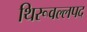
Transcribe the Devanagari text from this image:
थिरूवल्लपद